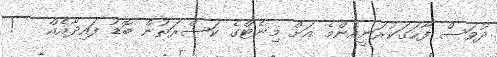
ދުވަސް ފާހަގަކުރަނީއެންމެ އަށް މިނެޓްގެ ކަސްރަތުން ބޮޑު ފައިދާއެއް   !